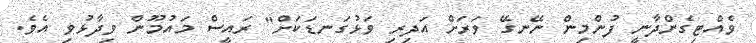
ވެއްޓިގެންދާނީ ފުންމިން ނޭނގޭ ވަރަށް އަދިރި ވަޅުގަނޑަކަށް" ރައީސް މައުމޫން ވިދާޅުވި އެވެ.